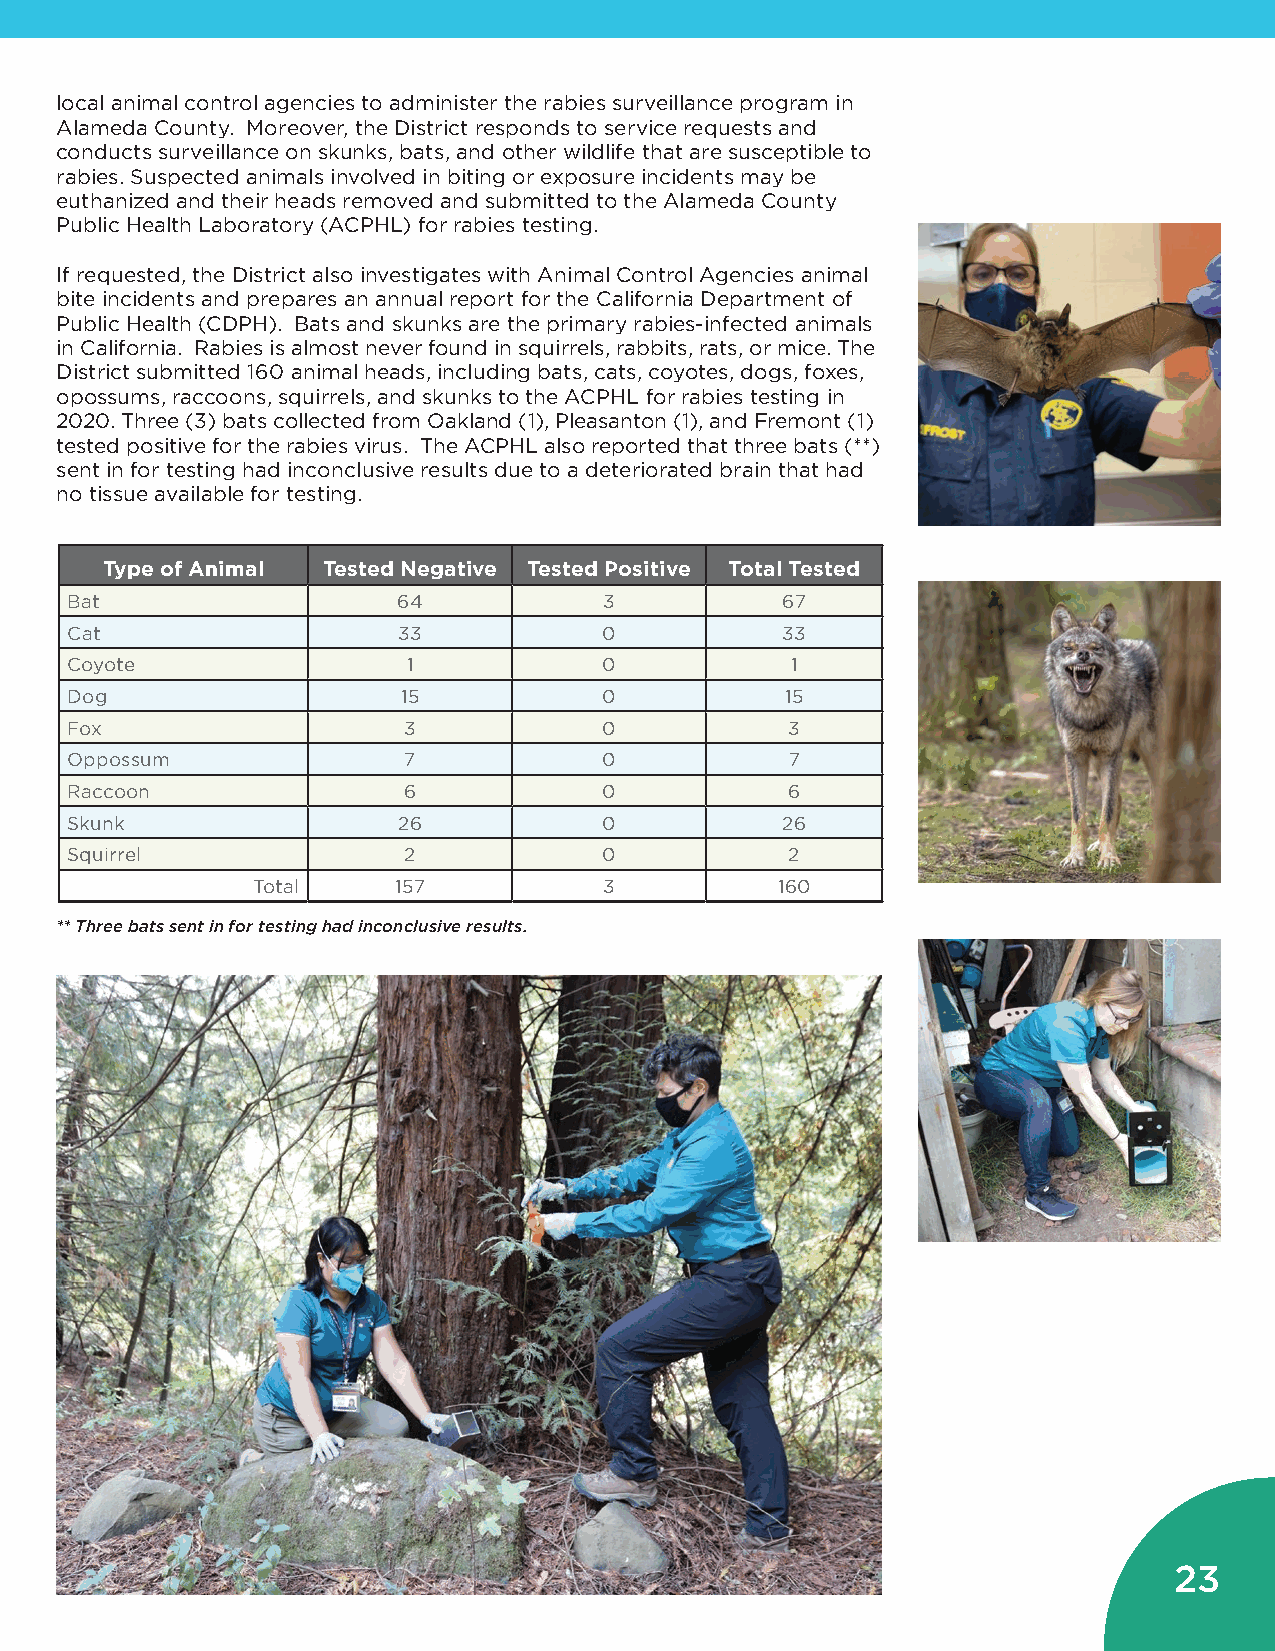
local animal control agencies to administer the rabies surveillance program in
 Alameda County. Moreover, the District responds to service requests and
 conducts surveillance on skunks, bats, and other wildlife that are susceptible to
 rabies. Suspected animals involved in biting or exposure incidents may be
 euthanized and their heads removed and submitted to the Alameda County
 Public Health Laboratory (ACPHL) for rabies testing.
 If requested, the District also investigates with Animal Control Agencies animal
 bite incidents and prepares an annual report for the California Department of
 Public Health (CDPH). Bats and skunks are the primary rabies-infected animals
 in California. Rabies is almost never found in squirrels, rabbits, rats, or mice. The
 District submitted 160 animal heads, including bats, cats, coyotes, dogs, foxes,
 opossums, raccoons, squirrels, and skunks to the ACPHL for rabies testing in
 2020. Three (3) bats collected from Oakland (1), Pleasanton (1), and Fremont (1)
 tested positive for the rabies virus. The ACPHL also reported that three bats (**)
 sent in for testing had inconclusive results due to a deteriorated brain that had
 no tissue available for testing.
 Type of Animal Tested Negative Tested Positive Total Tested
 Bat                   64            3           67
 Cat                   33            0           33
 Coyote                 1            0           1
 Dog                    15           0           15
 Fox                    3            0           3
 Oppossum               7            0           7
 Raccoon                6            0           6
 Skunk                 26            0           26
 Squirrel               2            0           2
 Total    157           3          160
 ** Three bats sent in for testing had inconclusive results.
 23